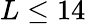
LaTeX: L\leq 14